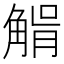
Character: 𧤉